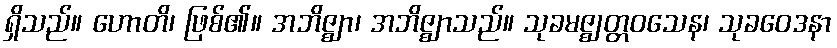
ရှိသည်။ ဟောတိ၊ ဖြစ်၏။ အဘိဇ္ဈာ၊ အဘိဇ္ဈာသည်။ သုခမဇ္ဈတ္တဝသေန၊ သုခဝေဒနာ